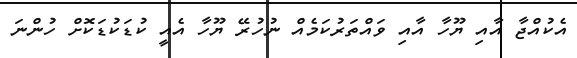
އެކުއްޖާ އާއި ޔޫހާ އާއި ވައްތަރުކަމެއް ނުހުރޭ ޔޫހާ އެއީ ކުޑަކުޑަކޮށް ހުންނަ